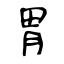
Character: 胃